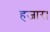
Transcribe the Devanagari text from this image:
हजार।